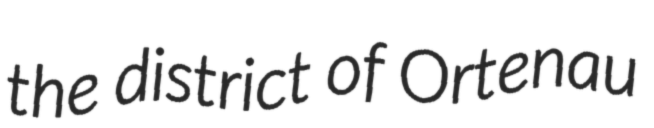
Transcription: the district of Ortenau